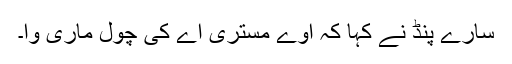
سارے پنڈ نے کہا کہ اوے مستری اے کی چول ماری وا۔